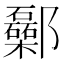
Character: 𨟥